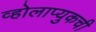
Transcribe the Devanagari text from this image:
व्होलाप्युकची